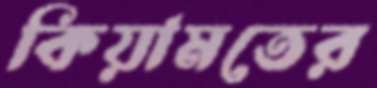
কিয়ামতের